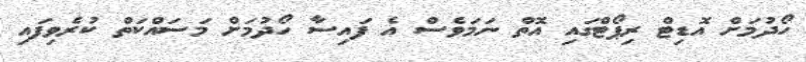
ހޯދުމަށް އޮޑިޓް ރިޕޯޓްގައި އޮތް ނަމަވެސް އެ ފައިސާ ހޯދުމަށް މަސައްކަތް ކުރެވިފައި